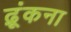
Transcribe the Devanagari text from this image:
ढ़ूंकना